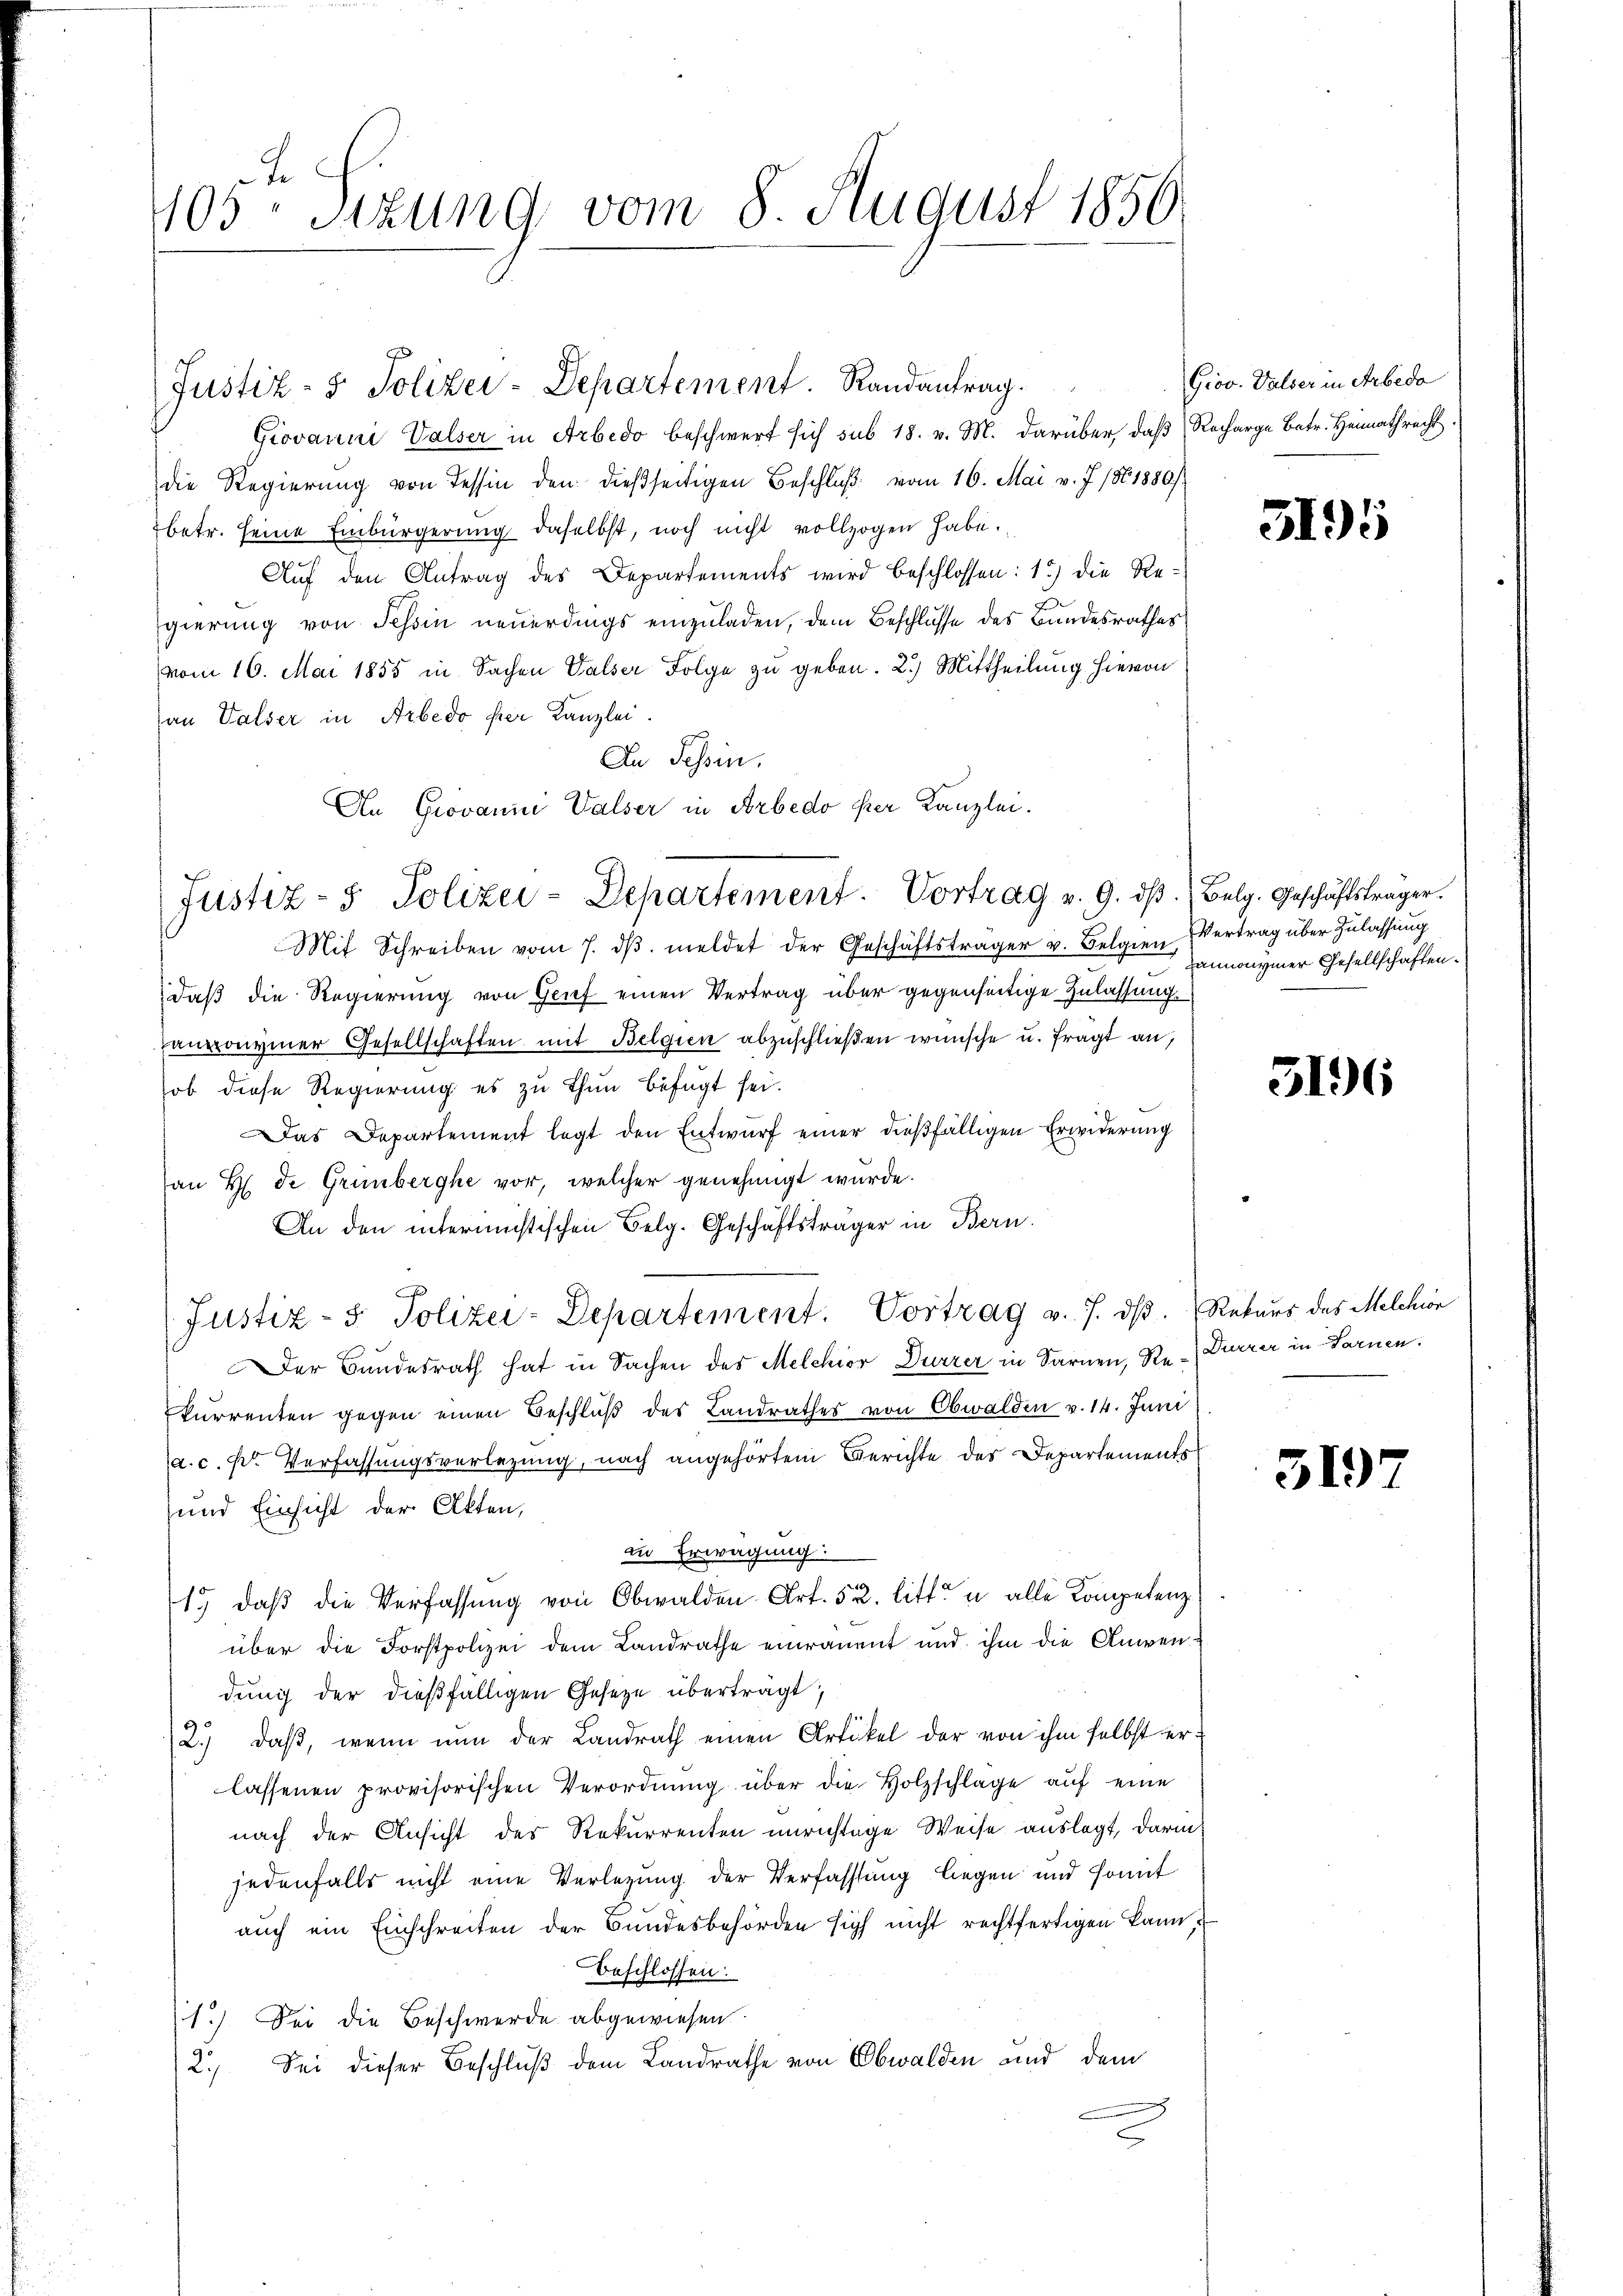
J
405 Sizung vom 8. August 1850.

Justiz- & Polizei-Departement. Randantrag.
Giovanni Valser in Arbedo beschwert sich sub 18. v. M. darüber, daß Recharge betr. Heimathrecht.
die Regierung von Tessin den dießseitigen Beschluß vom 16. Mai v. J. 1861880/
betr. seine Einbürgerung daselbst, noch nicht vollzogen habe.
Auf den Antrag des Departements wird beschlossen: 1) die Regierung von Tessin neuerdings einzuladen, dem Beschlusse des Bandesrathes
vom 16. Mai 1855 in Sachen Valser Folge zu geben. 2.) Mittheilung hievon
an Valser in Arbedo per Kanzlei.
An Schin.
An Grovanne Walser in Arbedo per Kanzlei.
Mit Schreiben vom 7. dβ. meldet der Geschäftsträger v. Belgien, nonymer Gesellschaften.
daß die Regierung von Grief einen Vertrag über gegenseitige Zulassung
angoiviner Gesellschaften mit Belgien abzuschließen wünsche u. fragt an,
ob diese Regierung es zu thun befugt sei.
Das Departement legt den Entwurf einer dießfälligen Erwiderung
an H. de Grünberghe vor, welcher genehmigt wurde.
An den internichtischen Belg. Geschäftsträger in Bern.
Justiz- & Polizei-Departement. Vortrag v. J. dβ. Rekurs des Melchion
Der Bundesrath hat in Sachen des Melchior Durrer in Sarnen, Re- Dürrer in Sarnen.
kurrenten gegen einen Beschluß des Landrathes von Obwalden v. 14. Juni
a. c. fr. Verfassungsverlegung, nach angehörtem Berichte des Departements
und Einsicht der Akten,
in Erwägung:
1. daβ die Verfassŭng von Obwalden Art. 52. litt. u alle Kompetenz
über die Forstpolizei dem Landrathe einrauent und ihm die Anwen-
dung der dießfälligen Geseze übertragt,
2.) daß, wenn nun der Landrath einen Artikel der von ihm selbst erlassenen provisorischen Verordnŭng über die Holzschlage aŭf eine
nach der Ansicht des Rekurrenten unrichtige Weise auslegt, darin
jedenfalls nicht eine Verlegung der Verfassung liegen und somit
auch ein Einschreiten der Bundesbehörden sich nicht rechtfertigen kann,
Beschlossen:
1.) Sei die Beschwerde abgewiesen.
Sei dieser Beschluß dem Landrathe von Obwalden und dem
12

Justiz- & Polizei-Departement. Vortrag v. 9. dβ. (Belg. Geschäftsträger.

Grov. Valser in Arbeda

5195

Vertrag über Zulassung

5196

319